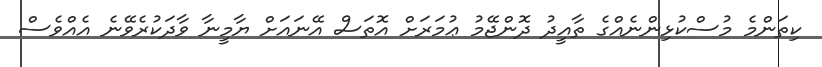
ކިތަންމެ މުސްކުޅިންނެއްގެ ތާއީދު ދޮންޖޭމު ޢުމަރަށް އޮތަސް އޭނައަށް ޔާމީނާ ވާދަކުރެވޭނެ އެއްވެސް